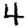
Digit: 4